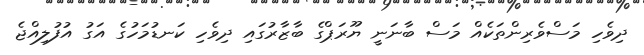
ދިވެހި މަސްވެރިންތަކެއް މަސް ބާނަނީ ޔޫރަޕްގެ ބާޒާރުގައި ދިވެހި ކަނޑުމަހުގެ އަގު އުފުލިއްޖެ